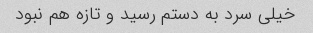
خیلی سرد به دستم رسید و تازه هم نبود